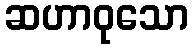
ဆဟာဝုသော